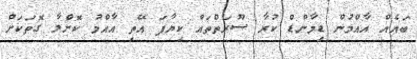
ބައެއް އާއްމުން ޑިމާންޑް ކުރާ ސޫރަތްތައް ކިޔާފަ އޭތި އާއްމު ކޮށްލާ ގޮތަކަށް